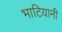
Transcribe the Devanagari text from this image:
भाटियानी